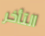
التأخر